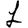
Digit: 1